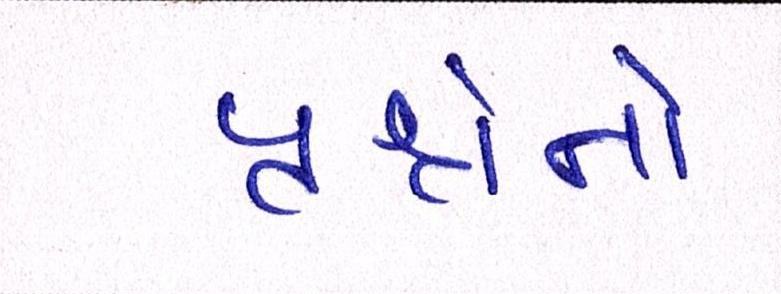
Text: પ્રશ્નોનો